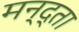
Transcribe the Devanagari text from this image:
मन्द्ता